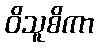
ဝိသူစိကာ